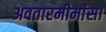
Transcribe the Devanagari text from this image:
अवतारमीमांसा